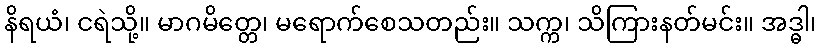
နိရယံ၊ ငရဲသို့။ မာဂမိတ္တေ၊ မရောက်စေသတည်း။ သက္က၊ သိကြားနတ်မင်း။ အဒ္ဓါ၊